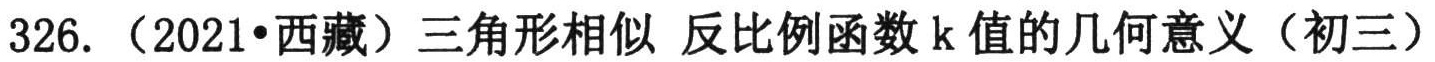
326. （2021•西藏）三角形相似 反比例函数 k 值的几何意义（初三）